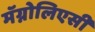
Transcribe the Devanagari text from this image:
मॅग्नोलिएसी